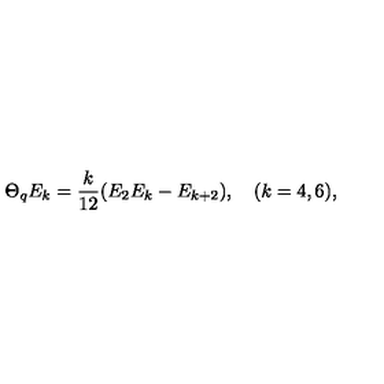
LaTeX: \Theta _ { q } E _ { k } = \frac { k } { 1 2 } ( E _ { 2 } E _ { k } - E _ { k + 2 } ) , \quad ( k = 4 , 6 ) ,